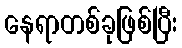
နေရာတစ်ခုဖြစ်ပြီး